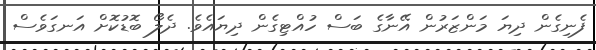
ފެނިގެން ދިޔަ މަންޒަރުން އޭނާގެ ބަސް ހުއްޓިގެން ދިޔައެވެ. ދެލޯ ބޮޑުކޮށް އަނގަވެސް